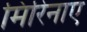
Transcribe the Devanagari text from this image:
मिरिनाए